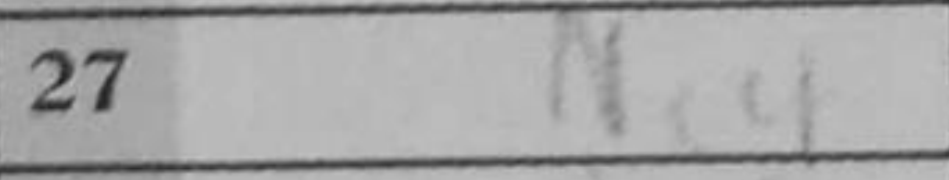
Transcription: Nc4